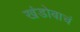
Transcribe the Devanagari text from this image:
खंडोबाचं